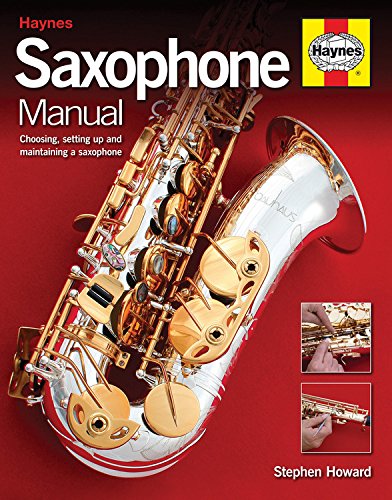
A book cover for Saxophone Manual: Choosing, Setting Up and Maintaining a Saxophone; Stephen Howard; Reference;